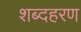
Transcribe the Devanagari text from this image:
शब्दहरण